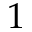
Ḋ 1 Ḍ